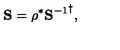
{ \bf S } = \rho ^ { * } { { \bf S } ^ { - 1 } } ^ { \dagger } ,